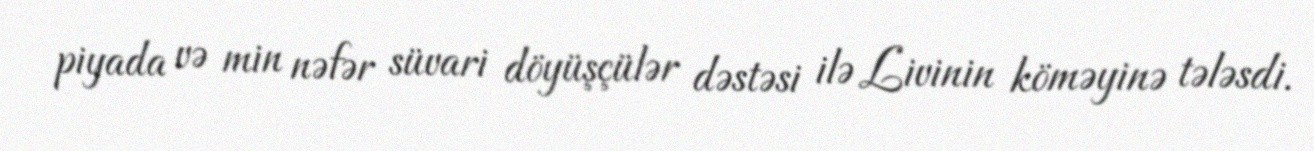
piyada və min nəfər süvari döyüşçülər dəstəsi ilə Livinin köməyinə tələsdi.